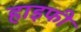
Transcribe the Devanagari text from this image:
हाइफी